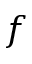
f